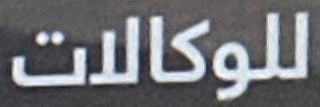
للوكالات